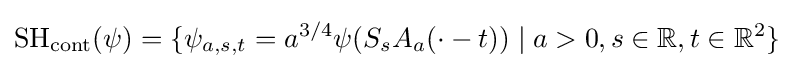
\operatorname {SH} _{\mathrm {cont} }(\psi )=\{\psi _{a,s,t}=a^{3/4}\psi (S_{s}A_{a}(\cdot -t))\mid a>0,s\in \mathbb {R} ,t\in \mathbb {R} ^{2}\}